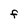
Character: F